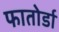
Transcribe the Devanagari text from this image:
फातोर्डा